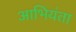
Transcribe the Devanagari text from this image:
आभियंता